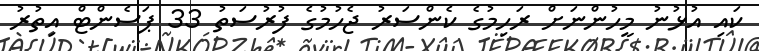
ކައި އުޅުނު މީހުންނަށް ރަހިމުގެ ކެންސަރު ޖެހުމުގެ ފުރުސަތު 33 ޕަސެންޓް އިތުރު